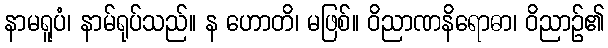
နာမရူပံ၊ နာမ်ရုပ်သည်။ န ဟောတိ၊ မဖြစ်။ ဝိညာဏနိရောဓာ၊ ဝိညာဉ်၏